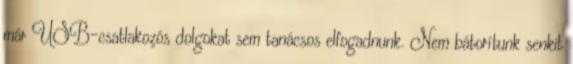
már USB-csatlakozós dolgokat sem tanácsos elfogadnunk. Nem bátorítunk senkit